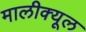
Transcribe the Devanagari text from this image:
मालीक्यूल